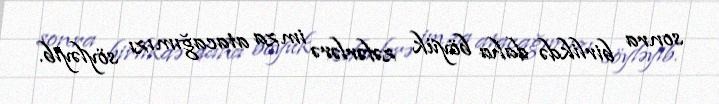
sonra birlikdə daha böyük zəfərlərə imza atacağımızı söyləyib.